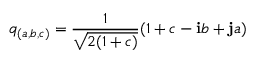
q _ { ( a , b , c ) } = { \frac { 1 } { \sqrt { 2 ( 1 + c ) } } } ( 1 + c - \mathbf { i } b + \mathbf { j } a )